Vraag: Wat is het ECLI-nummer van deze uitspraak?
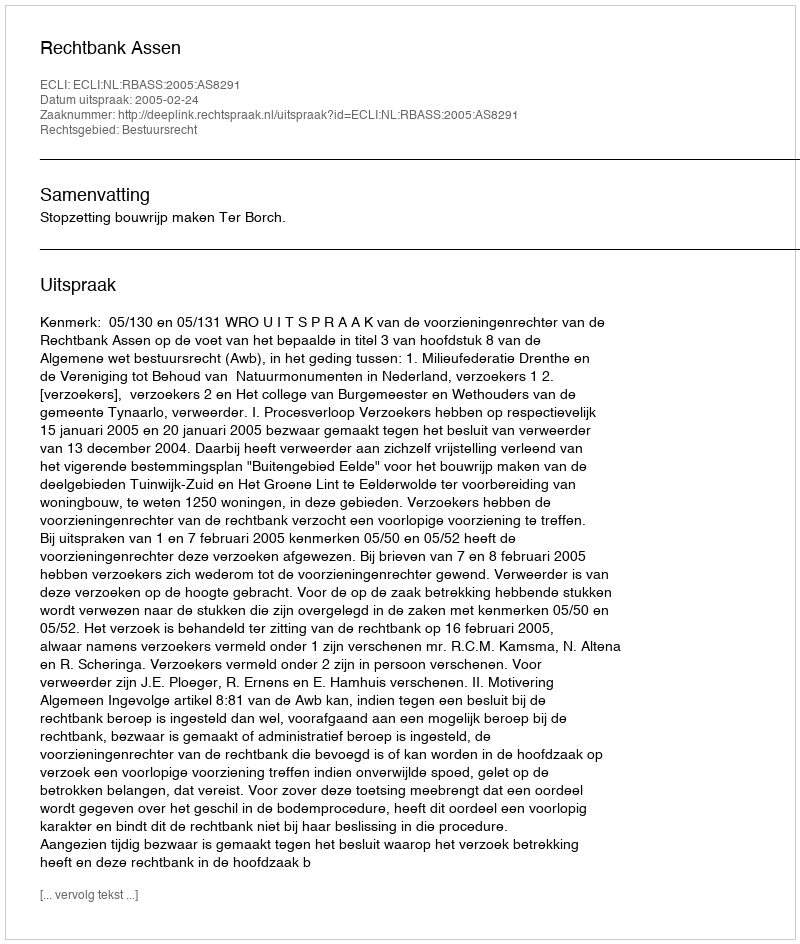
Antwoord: ECLI:NL:RBASS:2005:AS8291